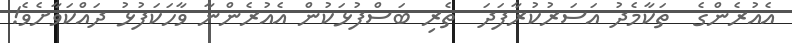
އެއުރެންގެ  ތަކާމެދު އަސަރުކުރާފަދަ  ތެރި ބަސްފުޅަކުން އެއުރެންނާ ވާހަކަފުޅު ދައްކަވާށެވެ!